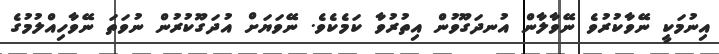
އިނުމަކީ ނޭވާކުރުވެ ނޭވާލާން އުނދަގޫވުން އިތުރުވާ ކަމެކެވެ. ނޭވަޔަށް އުދަގޫކުރުން ނުވަތަ ނޭވާހިއްލުމުގެ